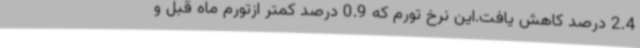
2.4 درصد کاهش یافت.این نرخ تورم که 0.9 درصد کمتر ازتورم ماه قبل و